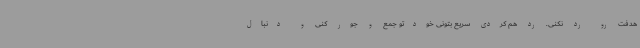
هدفت رو رد نکنی. رد هم کردی سریع بتونی خودتو جمع و جور کنی و دنبال